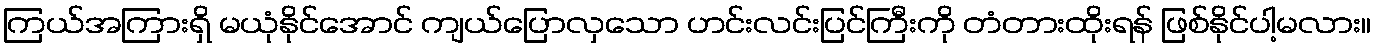
ကြယ်အကြားရှိ မယုံနိုင်အောင် ကျယ်ပြောလှသော ဟင်းလင်းပြင်ကြီးကို တံတားထိုးရန် ဖြစ်နိုင်ပါ့မလား။